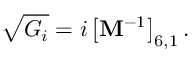
\sqrt { G _ { i } } = i \left[ \mathbf { M } ^ { - 1 } \right] _ { 6 , 1 } .